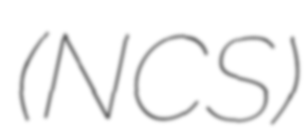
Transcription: (NCS)